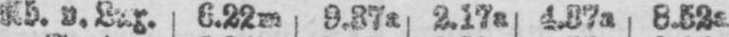
Ab. v.Lux. 6.22m 9.37a 2.17a 4.37a 8.52a